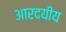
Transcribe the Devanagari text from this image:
आरदयीय